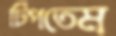
টিপতেম